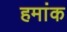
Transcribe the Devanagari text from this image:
हमांक